Vaccination in Bombay 1913-1923 - 1913-1923
Year: 1913
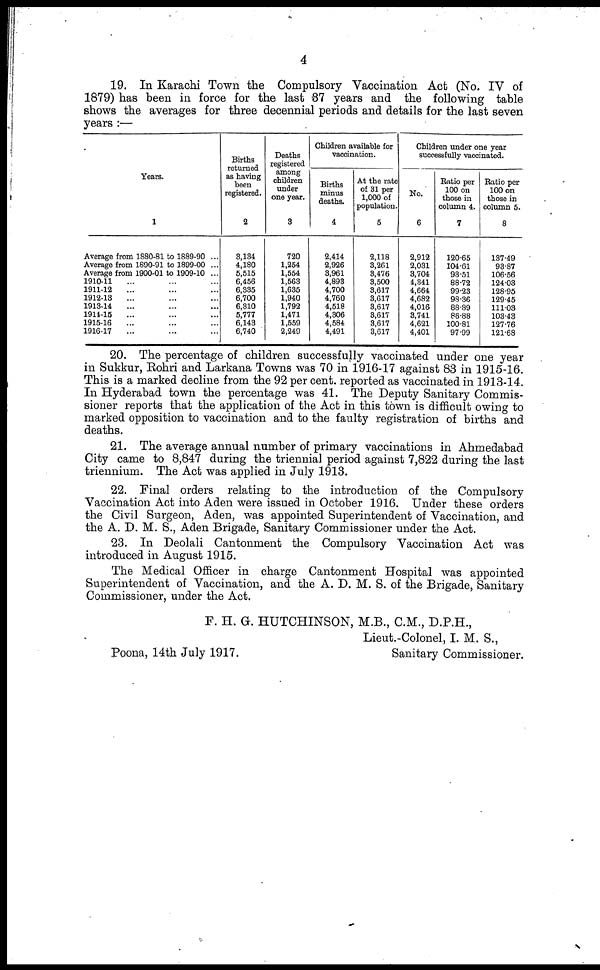
4
19. In Karachi Town the Compulsory Vaccination Act (No. IV of
1879) has been in force for the last 37 years and the following table
shows the averages for three decennial periods and details for the last seven
years :—
Years.
1
Average from 1880-81 to 1889-90 ...
Average from 1890-91 to 1899-00 ...
Average from 1900-01 to 1909-10 ...
1910-11 ... ... ...
1911-12 ... ... ...
1912-13 ... ... ...
1913-14 ... ... ...
1914-15 ... ... ...
1915-16 ... ... ...
1916-17 ... ... ...
Births
returned
as having
been
registered.
2
3,134
4,180
5,515
6,456
6,335
6,700
6,310
5,777
6,143
6,740
Deaths
registered
among
children
under
one year.
3
720
1,254
1,554
1,563
1,635
1,940
1,792
1,471
1,559
2,249
Children available for
vaccination.
Births
minus
deaths.
4
2,414
2,926
3,961
4,893
4,700
4,760
4,518
4,306
4,584
4,491
At the rate
of 31 per
1,000 of
population.
5
2,118
3,261
3,476
3,500
3,617
3,617
3,617
3,617
3,617
3,617
Children under one year
successfully vaccinated.
No.
6
2,912
2,031
3,704
4,341
4,664
4,682
4,016
3,741
4,621
4,401
Ratio per
100 on
those in
column 4.
7
120.65
104.61
93.51
88.72
99.23
98.36
88.89
86.88
100.81
97.99
Ratio per
100 on
those in
column 5.
8
137.49
93.87
106.56
124.03
128.95
129.45
111.03
103.43
127.76
121.68
20. The percentage of children successfully vaccinated under one year
in Sukkur, Rohri and Larkana Towns was 70 in 1916-17 against 83 in 1915-16.
This is a marked decline from the 92 per cent. reported as vaccinated in 1913-14.
In Hyderabad town the percentage was 41. The Deputy Sanitary Commis-
sioner reports that the application of the Act in this town is difficult owing to
marked opposition to vaccination and to the faulty registration of births and
deaths.
21. The average annual number of primary vaccinations in Ahmedabad
City came to 8,847 during the triennial period against 7,822 during the last
triennium. The Act was applied in July 1913.
22. Final orders relating to the introduction of the Compulsory
Vaccination Act into Aden were issued in October 1916. Under these orders
the Civil Surgeon, Aden, was appointed Superintendent of Vaccination, and
the A. D. M. S., Aden Brigade, Sanitary Commissioner under the Act.
23. In Deolali Cantonment the Compulsory Vaccination Act was
introduced in August 1915.
The Medical Officer in charge Cantonment Hospital was appointed
Superintendent of Vaccination, and the A. D. M. S. of the Brigade, Sanitary
Commissioner, under the Act.
F. H. G. HUTCHINSON, M.B., C.M., D.P.H.,
Lieut.-Colonel, I. M. S.,
Poona, 14th July 1917.
Sanitary Commissioner.